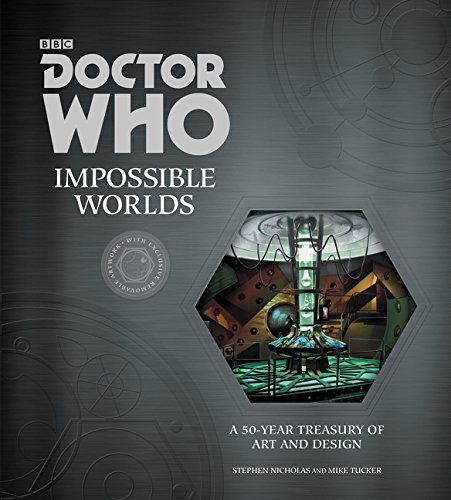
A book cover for Doctor Who: Impossible Worlds: A 50-Year Treasury of Art and Design; Stephen Nicholas; Humor & Entertainment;